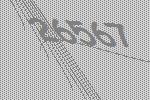
26567